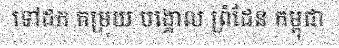
ទៅដក តម្រុយ បង្គោល ព្រំដែន កម្ពុជា